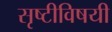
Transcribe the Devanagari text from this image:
सृष्टीविषयी